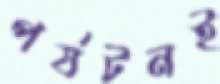
পর্যটনই